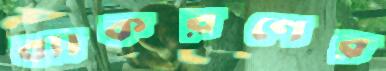
ব্যাকরণের